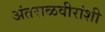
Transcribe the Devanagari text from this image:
अंतराळवीरांशी